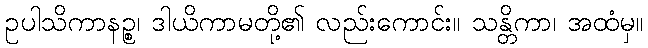
ဥပါသိကာနဉ္စ၊ ဒါယိကာမတို့၏ လည်းကောင်း။ သန္တိကာ၊ အထံမှ။